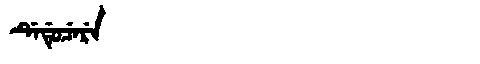
Manchu: ᡩᡝᡩᡠᠴᡝᡵᡝ
Romanization: DEDUCERE